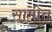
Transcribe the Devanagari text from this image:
सामीत